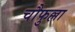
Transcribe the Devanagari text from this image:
चौफुल्ला